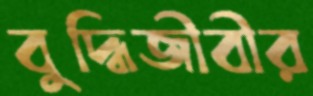
বুদ্ধিজীবীর